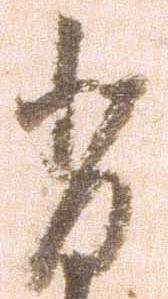
背